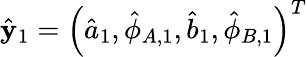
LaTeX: \hat{\mathbf{y}}_{1}=\left(\hat{a}_{1},\hat{\phi}_{A,1},\hat{b}_{1},\hat{\phi}_{B,1}\right)^{T}